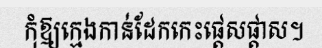
កុំឱ្យក្មេងកាន់ដែកកេះផ្តេសផ្តាស។